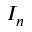
I _ { n }